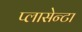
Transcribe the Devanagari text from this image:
प्लासेन्टा